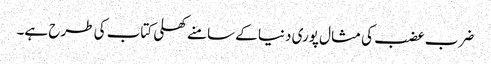
ضرب عضب کی مثال پوری دنیا کے سامنے کھلی کتاب کی طرح ہے۔